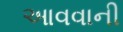
આવવાની